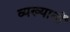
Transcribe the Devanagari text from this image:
व्यख्यानों